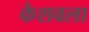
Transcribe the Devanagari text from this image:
केशवला